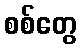
စစ်တွေ